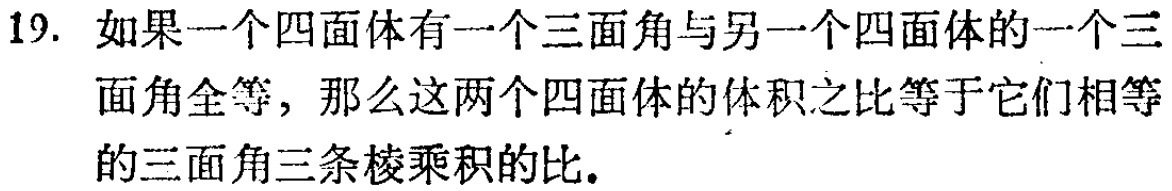
19. 如果一个四面体有一个三面角与另一个四面体的一个三面角全等，那么这两个四面体的体积之比等于它们相等的三面角三条棱乘积的比.